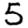
Digit: 5